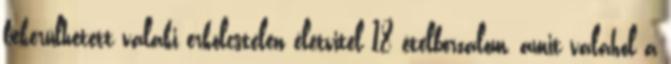
bekerülhetett valaki erkölcstelen életvitel 18 ételborzalom, amit valahol a